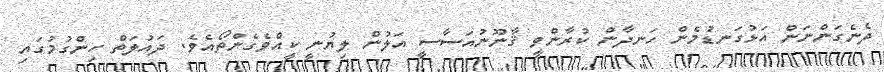
ދެނެގަންނަން އަޅުގަނޑުމެން ހަނދާން ކުރާންވީ ޤާނޫނުއަސާސީ އަލުން ލިޔުނީ ކީއްވެގެންތޯއެވެ. ދައުލަތް ހިންގުމުގައި